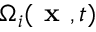
\Omega _ { i } ( \textbf { x } , t )